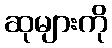
ဆုများကို